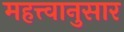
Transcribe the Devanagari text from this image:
महत्त्वानुसार